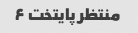
منتظر پایتخت ۶